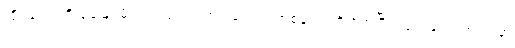
ထိုပွဲလေးကို မေမြင့်မိုရ်က လှပတဲ့ အဝါရောင်ဝတ်စုံလေးကို ဝတ်ပြီး လူအများကြားထဲမှာ